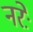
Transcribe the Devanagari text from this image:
नरेः